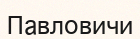
Павловичи